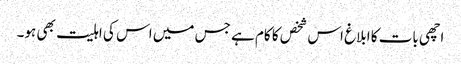
اچھی بات کا ابلاغ اس شخص کا کام ہے جس میں اس کی اہلیت بھی ہو۔